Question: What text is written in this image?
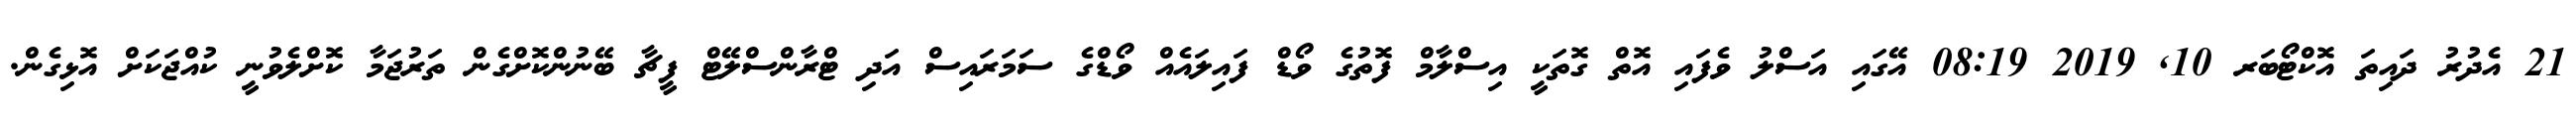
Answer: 21 އެދުރު ދައިތަ އޮކްޓޯބަރ 10, 2019 08:19 އޭގައި އަސްލު ވެފައި އޮތް ގޮތަކީ އިސްލާމް ފޮތުގެ ވޯޑް ފައިލައެއް ވޯޑްގެ ސަމަރައިސް އަދި ޓްރާންސްލޭޓް ފީޗާ ބޭނުންކޮށްގެން ތަރުޖަމާ ކޮށްލެވުނީ ކުއްޖަކަށް އޮޅިގެން.